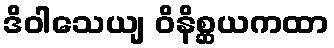
ဒိဝါသေယျ ဝိနိစ္ဆယကထာ